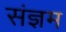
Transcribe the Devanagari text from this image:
संज्ञम